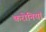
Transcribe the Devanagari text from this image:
करोनियां